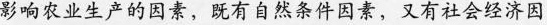
影响农业生产的因素，既有自然条件因素，又有社会经济因